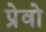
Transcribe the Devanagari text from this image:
प्रेवो